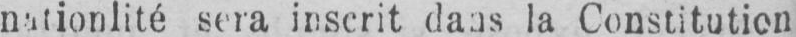
sera inserit dans la Constitution